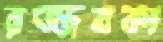
রজ্জবকা